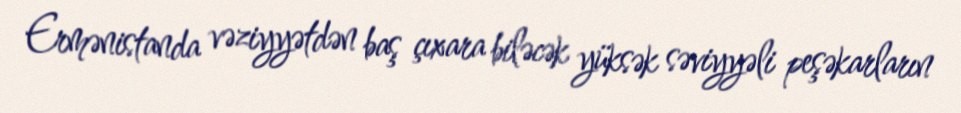
Ermənistanda vəziyyətdən baş çıxara biləcək yüksək səviyyəli peşəkarların